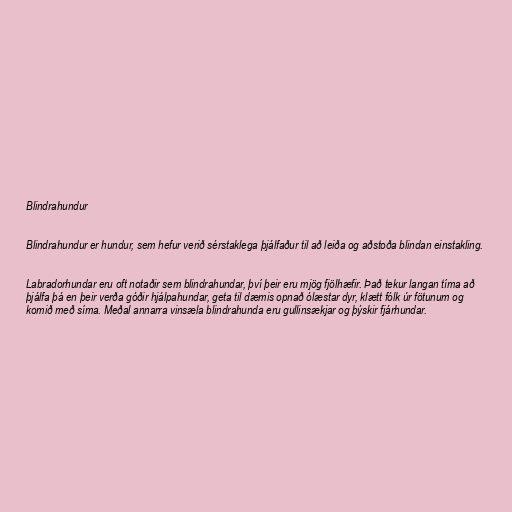
Blindrahundur

Blindrahundur er hundur, sem hefur verið sérstaklega þjálfaður til að leiða og aðstoða blindan einstakling.

Labradorhundar eru oft notaðir sem blindrahundar, því þeir eru mjög fjölhæfir. Það tekur langan tíma að
þjálfa þá en þeir verða góðir hjálpahundar, geta til dæmis opnað ólæstar dyr, klætt fólk úr fötunum og
komið með síma. Meðal annarra vinsæla blindrahunda eru gullinsækjar og þýskir fjárhundar.